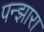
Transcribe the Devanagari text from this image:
पन्झारा